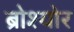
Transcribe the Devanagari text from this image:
ब्रोश्योर